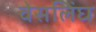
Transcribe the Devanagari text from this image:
वेसलिंघ